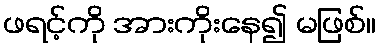
ဖရင့်ကို အားကိုးနေ၍ မဖြစ်။